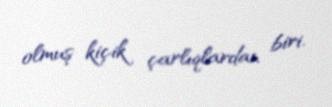
olmuş kiçik çarlıqlardan biri.